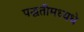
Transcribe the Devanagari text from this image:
पद्धतीमध्यधे